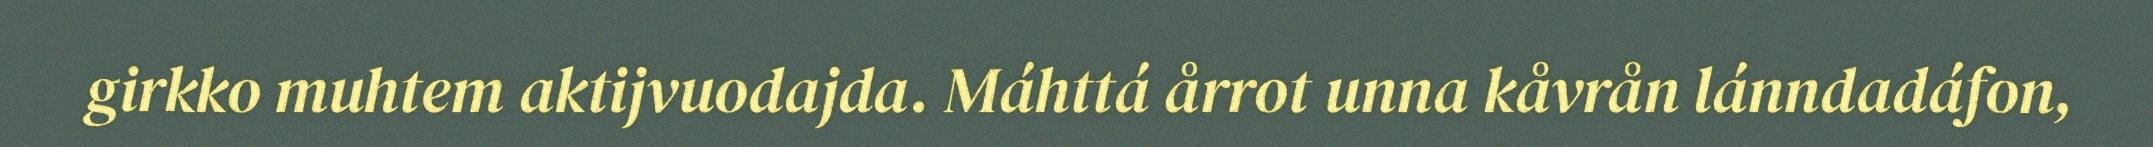
girkko muhtem aktijvuodajda. Máhttá årrot unna kåvrån lánndadáfon,